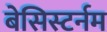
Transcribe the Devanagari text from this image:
बेसिस्टर्नम